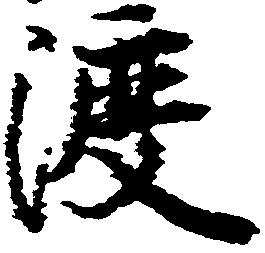
渡